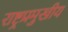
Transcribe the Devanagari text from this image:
राष्ट्रप्रमुखीय